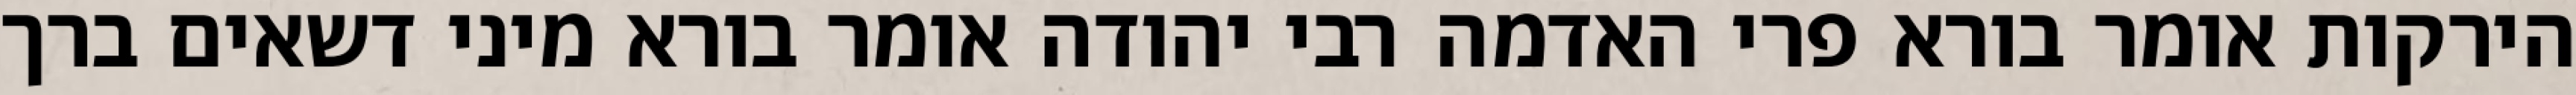
הירקות אומר בורא פרי האדמה רבי יהודה אומר בורא מיני דשאים ברך